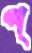
প্